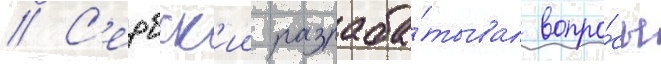
// С'ербск'ии разраба́тывал вопро́сы